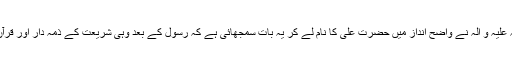
اور رسول خدا صلی اللہ علیہ و آلہ نے واضح انداز میں حضرت علی کا نام لے کر یہ بات سمجھائی ہے کہ رسول کے بعد وہی شریعت کے ذمہ دار اور قرآن مجید کے شارح ہیں ۔